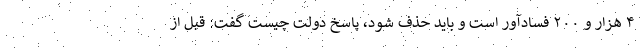
۴ هزار و ۲۰۰ فسادآور است و باید حذف شود، پاسخ دولت چیست گفت: قبل از